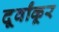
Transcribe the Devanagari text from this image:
दूर्वांकूर